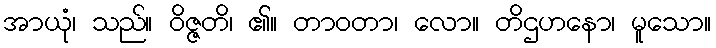
အာယုံ၊ သည်။ ဝိဇ္ဇတိ၊ ၏။ တာဝတာ၊ လော။ တိဌဟနော၊ မူသော။